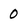
Character: 0